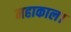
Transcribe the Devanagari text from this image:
महाकाल।